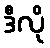
ဒီလို